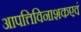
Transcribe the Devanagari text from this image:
आपत्तिविनाशकएवं